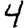
Digit: 4